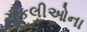
ચકલીઓના